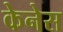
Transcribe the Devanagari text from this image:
केनेस